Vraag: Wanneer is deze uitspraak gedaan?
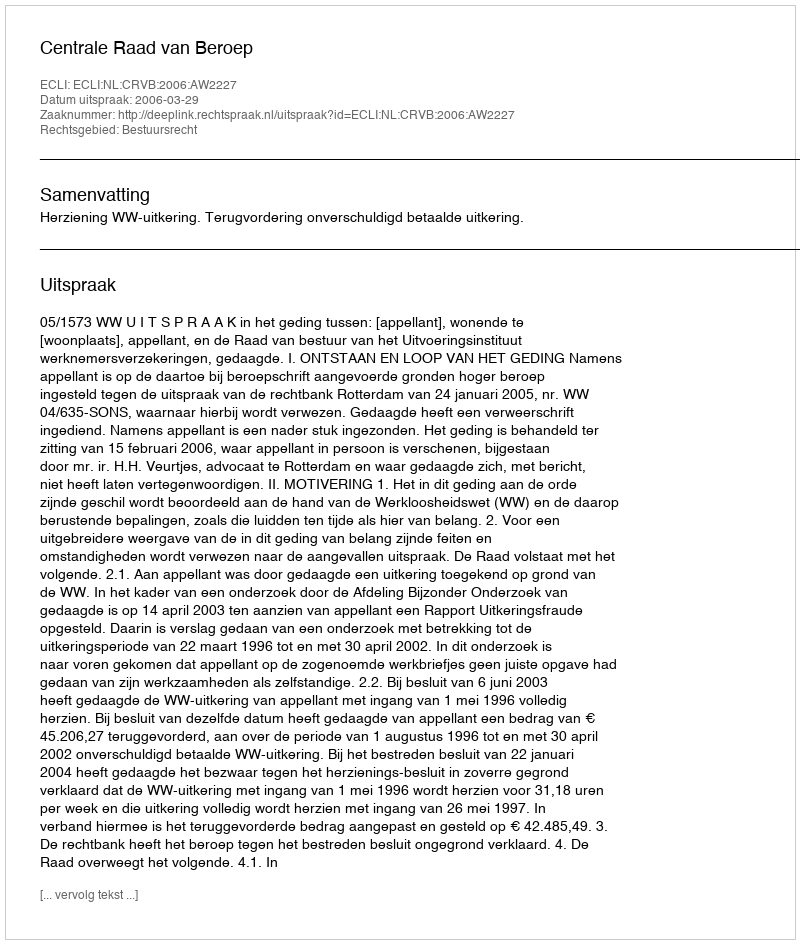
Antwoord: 2006-03-29